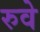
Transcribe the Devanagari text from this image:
रुवे